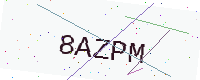
Text: 8AZPM